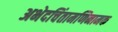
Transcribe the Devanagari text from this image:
अभेदचिंतामणिनामक